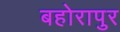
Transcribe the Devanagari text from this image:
बहोरापुर